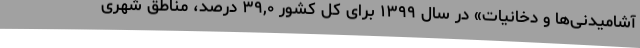
آشامیدنی‌ها و دخانیات» در سال ١٣٩٩ برای کل کشور ٣٩,٠ درصد، مناطق شهری